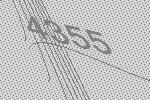
4355